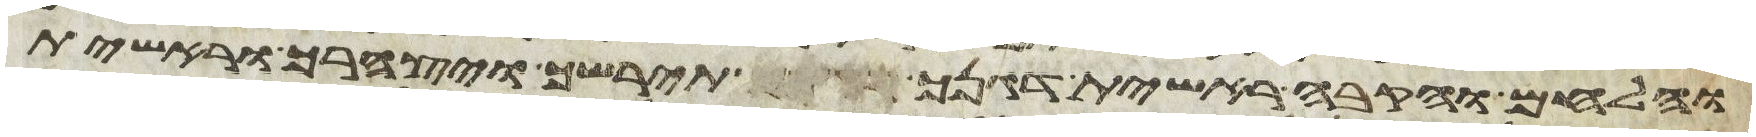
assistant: והלחים והקבה ראשית דגנך תירשך ויצהרך וראשית